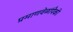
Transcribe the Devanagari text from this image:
प्रमाणवेळांपैकी